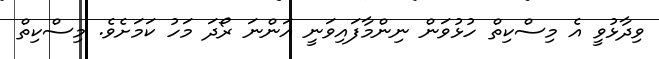
ވިދާޅުވީ އެ މިސްކިތް ހުޅުވަން ނިންމާފައިވަނީ އަންނަ ރޯދަ މަހު ކަމަށެވެ. މިސްކިތް